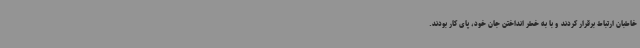
خاطبان ارتباط برقرار کردند و با به خطر انداختن جان خود، پای کار بودند.